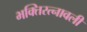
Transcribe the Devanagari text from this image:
भक्तिरत्नावली